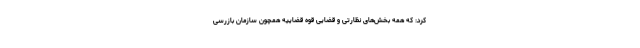
کرد: که همه بخش‌های نظارتی و قضایی قوه قضاییه همچون سازمان بازرسی